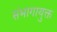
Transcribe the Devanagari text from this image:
संभागायुक्त